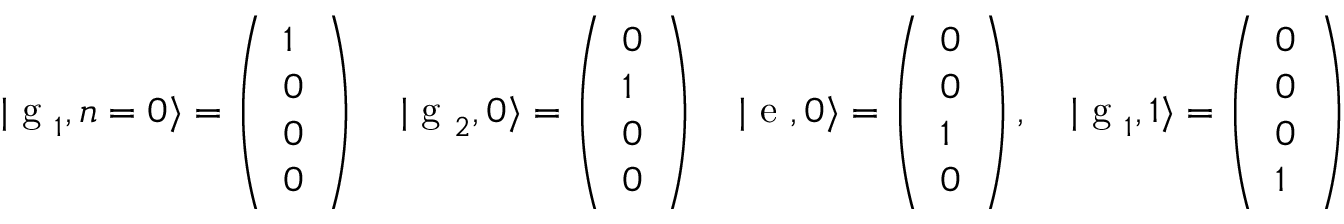
| \textrm { g } _ { 1 } , n = 0 \rangle = \left( \begin{array} { l } { 1 } \\ { 0 } \\ { 0 } \\ { 0 } \end{array} \right) \quad | \textrm { g } _ { 2 } , 0 \rangle = \left( \begin{array} { l } { 0 } \\ { 1 } \\ { 0 } \\ { 0 } \end{array} \right) \quad | \textrm { e } , 0 \rangle = \left( \begin{array} { l } { 0 } \\ { 0 } \\ { 1 } \\ { 0 } \end{array} \right) , \quad | \textrm { g } _ { 1 } , 1 \rangle = \left( \begin{array} { l } { 0 } \\ { 0 } \\ { 0 } \\ { 1 } \end{array} \right)